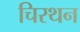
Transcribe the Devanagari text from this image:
चिरथन